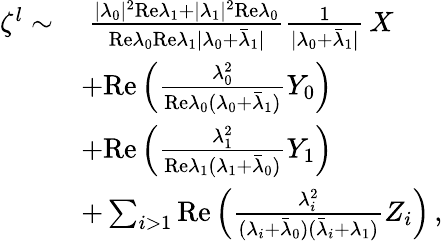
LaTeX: \begin{array}{rl}{\zeta^{l}\sim}&{~\frac{\vert\lambda_{0}\vert^{2}\mathrm{Re}\lambda_{1}+\vert\lambda_{1}\vert^{2}\mathrm{Re}\lambda_{0}}{\mathrm{Re}\lambda_{0}\mathrm{Re}\lambda_{1}\vert\lambda_{0}+\bar{\lambda}_{1}\vert}\frac{1}{\vert\lambda_{0}+\bar{\lambda}_{1}\vert}\, X}\\ &{+\mathrm{Re}\left(\frac{\lambda_{0}^{2}}{\mathrm{Re}\lambda_{0}(\lambda_{0}+\bar{\lambda}_{1})}Y_{0}\right)}\\ &{+\mathrm{Re}\left(\frac{\lambda_{1}^{2}}{\mathrm{Re}\lambda_{1}(\lambda_{1}+\bar{\lambda}_{0})}Y_{1}\right)}\\ &{+\sum_{i>1}\mathrm{Re}\left(\frac{\lambda_{i}^{2}}{(\lambda_{i}+\bar{\lambda}_{0})(\bar{\lambda}_{i}+\lambda_{1})}Z_{i}\right)\, ,}\end{array}